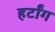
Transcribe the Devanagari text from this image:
हर्टांग